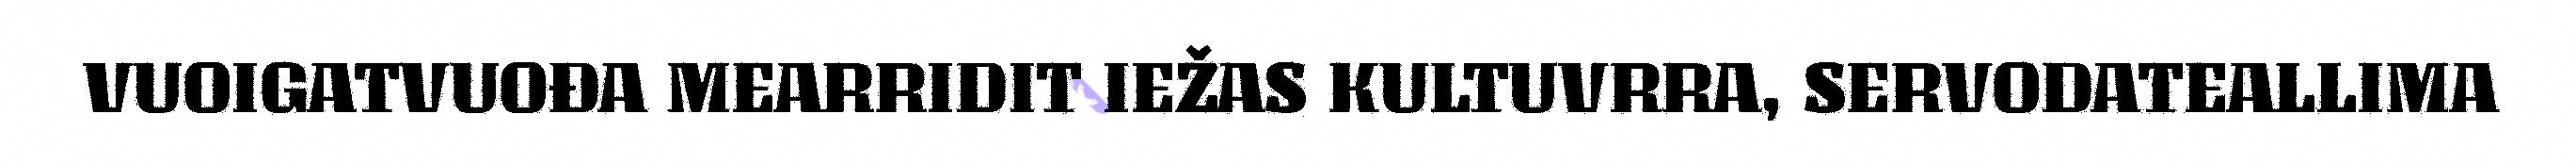
VUOIGATVUOĐA MEARRIDIT IEŽAS KULTUVRRA, SERVODATEALLIMA